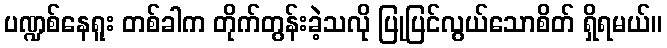
ပဏ္ဍစ်နေရူး တစ်ခါက တိုက်တွန်းခဲ့သလို ပြုပြင်လွယ်သောစိတ် ရှိရမယ်။